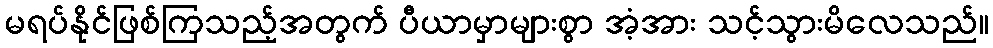
မရပ်နိုင်ဖြစ်ကြသည့်အတွက် ပီယာမှာများစွာ အံ့အား သင့်သွားမိလေသည်။